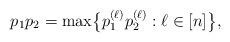
LaTeX: \begin{align*}p_1p_2=\max\bigl\{p_1^{(\ell)}p_2^{(\ell)}:\ell\in [n]\bigr\},\end{align*}